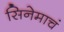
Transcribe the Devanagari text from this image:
सिनेमाचं